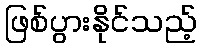
ဖြစ်ပွားနိုင်သည့်